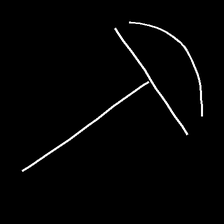
Glyph: dispersion